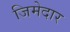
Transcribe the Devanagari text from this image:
जिमेदार